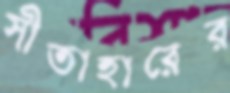
সীতাহারের